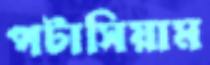
পটাসিয়াম